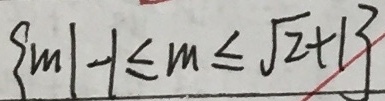
\{ m \vert - 1 \leq m \leq \sqrt { 2 } + 1 \}